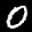
Label: 0